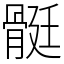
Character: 䯕